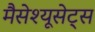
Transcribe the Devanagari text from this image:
मैसेश्यूसेट्स